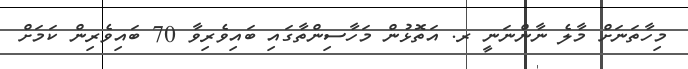
މިހާތަނަށް މާލެ ނާންނަނީ ރ. އަތޮޅުން މަހާސިންތާގައި ބައިވެރިވާ 70 ބައިވެރިން ކަމަށް